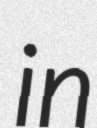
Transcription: in